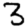
Digit: 3